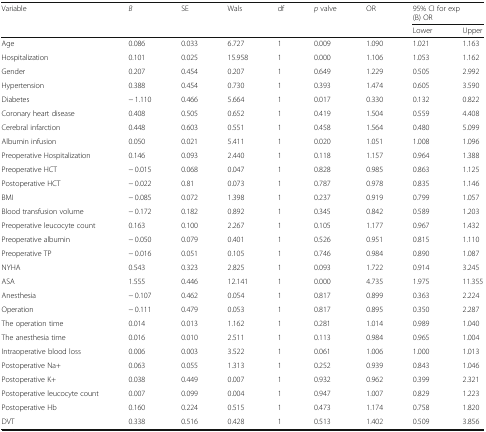
<table><thead><tr><td rowspan="2"><b>Variable</b></td><td rowspan="2"><b><i>B</i></b></td><td rowspan="2"><b>SE</b></td><td rowspan="2"><b>Wals</b></td><td rowspan="2"><b>df</b></td><td rowspan="2"><b><i>p</i> valve</b></td><td rowspan="2"><b>OR</b></td><td colspan="2"><b>95% CI for exp(B) OR</b></td></tr><tr><td><b>Lower</b></td><td><b>Upper</b></td></tr></thead><tbody><tr><td>Age</td><td>0.086</td><td>0.033</td><td>6.727</td><td>1</td><td>0.009</td><td>1.090</td><td>1.021</td><td>1.163</td></tr><tr><td>Hospitalization</td><td>0.101</td><td>0.025</td><td>15.958</td><td>1</td><td>0.000</td><td>1.106</td><td>1.053</td><td>1.162</td></tr><tr><td>Gender</td><td>0.207</td><td>0.454</td><td>0.207</td><td>1</td><td>0.649</td><td>1.229</td><td>0.505</td><td>2.992</td></tr><tr><td>Hypertension</td><td>0.388</td><td>0.454</td><td>0.730</td><td>1</td><td>0.393</td><td>1.474</td><td>0.605</td><td>3.590</td></tr><tr><td>Diabetes</td><td>− 1.110</td><td>0.466</td><td>5.664</td><td>1</td><td>0.017</td><td>0.330</td><td>0.132</td><td>0.822</td></tr><tr><td>Coronary heart disease</td><td>0.408</td><td>0.505</td><td>0.652</td><td>1</td><td>0.419</td><td>1.504</td><td>0.559</td><td>4.408</td></tr><tr><td>Cerebral infarction</td><td>0.448</td><td>0.603</td><td>0.551</td><td>1</td><td>0.458</td><td>1.564</td><td>0.480</td><td>5.099</td></tr><tr><td>Albumin infusion</td><td>0.050</td><td>0.021</td><td>5.411</td><td>1</td><td>0.020</td><td>1.051</td><td>1.008</td><td>1.096</td></tr><tr><td>Preoperative Hospitalization</td><td>0.146</td><td>0.093</td><td>2.440</td><td>1</td><td>0.118</td><td>1.157</td><td>0.964</td><td>1.388</td></tr><tr><td>Preoperative HCT</td><td>− 0.015</td><td>0.068</td><td>0.047</td><td>1</td><td>0.828</td><td>0.985</td><td>0.863</td><td>1.125</td></tr><tr><td>Postoperative HCT</td><td>− 0.022</td><td>0.81</td><td>0.073</td><td>1</td><td>0.787</td><td>0.978</td><td>0.835</td><td>1.146</td></tr><tr><td>BMI</td><td>− 0.085</td><td>0.072</td><td>1.398</td><td>1</td><td>0.237</td><td>0.919</td><td>0.799</td><td>1.057</td></tr><tr><td>Blood transfusion volume</td><td>− 0.172</td><td>0.182</td><td>0.892</td><td>1</td><td>0.345</td><td>0.842</td><td>0.589</td><td>1.203</td></tr><tr><td>Preoperative leucocyte count</td><td>0.163</td><td>0.100</td><td>2.267</td><td>1</td><td>0.105</td><td>1.177</td><td>0.967</td><td>1.432</td></tr><tr><td>Preoperative albumin</td><td>− 0.050</td><td>0.079</td><td>0.401</td><td>1</td><td>0.526</td><td>0.951</td><td>0.815</td><td>1.110</td></tr><tr><td>Preoperative TP</td><td>− 0.016</td><td>0.051</td><td>0.105</td><td>1</td><td>0.746</td><td>0.984</td><td>0.890</td><td>1.087</td></tr><tr><td>NYHA</td><td>0.543</td><td>0.323</td><td>2.825</td><td>1</td><td>0.093</td><td>1.722</td><td>0.914</td><td>3.245</td></tr><tr><td>ASA</td><td>1.555</td><td>0.446</td><td>12.141</td><td>1</td><td>0.000</td><td>4.735</td><td>1.975</td><td>11.355</td></tr><tr><td>Anesthesia</td><td>− 0.107</td><td>0.462</td><td>0.054</td><td>1</td><td>0.817</td><td>0.899</td><td>0.363</td><td>2.224</td></tr><tr><td>Operation</td><td>− 0.111</td><td>0.479</td><td>0.053</td><td>1</td><td>0.817</td><td>0.895</td><td>0.350</td><td>2.287</td></tr><tr><td>The operation time</td><td>0.014</td><td>0.013</td><td>1.162</td><td>1</td><td>0.281</td><td>1.014</td><td>0.989</td><td>1.040</td></tr><tr><td>The anesthesia time</td><td>0.016</td><td>0.010</td><td>2.511</td><td>1</td><td>0.113</td><td>0.984</td><td>0.965</td><td>1.004</td></tr><tr><td>Intraoperative blood loss</td><td>0.006</td><td>0.003</td><td>3.522</td><td>1</td><td>0.061</td><td>1.006</td><td>1.000</td><td>1.013</td></tr><tr><td>Postoperative Na+</td><td>0.063</td><td>0.055</td><td>1.313</td><td>1</td><td>0.252</td><td>0.939</td><td>0.843</td><td>1.046</td></tr><tr><td>Postoperative K+</td><td>0.038</td><td>0.449</td><td>0.007</td><td>1</td><td>0.932</td><td>0.962</td><td>0.399</td><td>2.321</td></tr><tr><td>Postoperative leucocyte count</td><td>0.007</td><td>0.099</td><td>0.004</td><td>1</td><td>0.947</td><td>1.007</td><td>0.829</td><td>1.223</td></tr><tr><td>Postoperative Hb</td><td>0.160</td><td>0.224</td><td>0.515</td><td>1</td><td>0.473</td><td>1.174</td><td>0.758</td><td>1.820</td></tr><tr><td>DVT</td><td>0.338</td><td>0.516</td><td>0.428</td><td>1</td><td>0.513</td><td>1.402</td><td>0.509</td><td>3.856</td></tr></tbody></table>